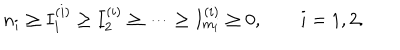
n _ { i } \ge I _ { 1 } ^ { ( i ) } \ge I _ { 2 } ^ { ( i ) } \ge \dots \ge I _ { m _ { i } } ^ { ( i ) } \ge 0 , \qquad i = 1 , 2 .